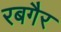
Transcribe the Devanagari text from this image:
रबगैर